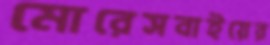
মোরেসবাইয়ের